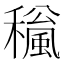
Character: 𥣍